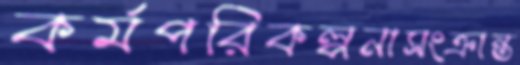
কর্মপরিকল্পনাসংক্রান্ত